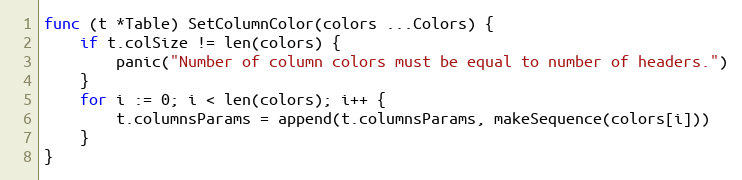
Language: Go
func (t *Table) SetColumnColor(colors ...Colors) {
	if t.colSize != len(colors) {
		panic("Number of column colors must be equal to number of headers.")
	}
	for i := 0; i < len(colors); i++ {
		t.columnsParams = append(t.columnsParams, makeSequence(colors[i]))
	}
}